Scientific memoirs by medical officers of the Army of India - Part VI,
Year: 1891
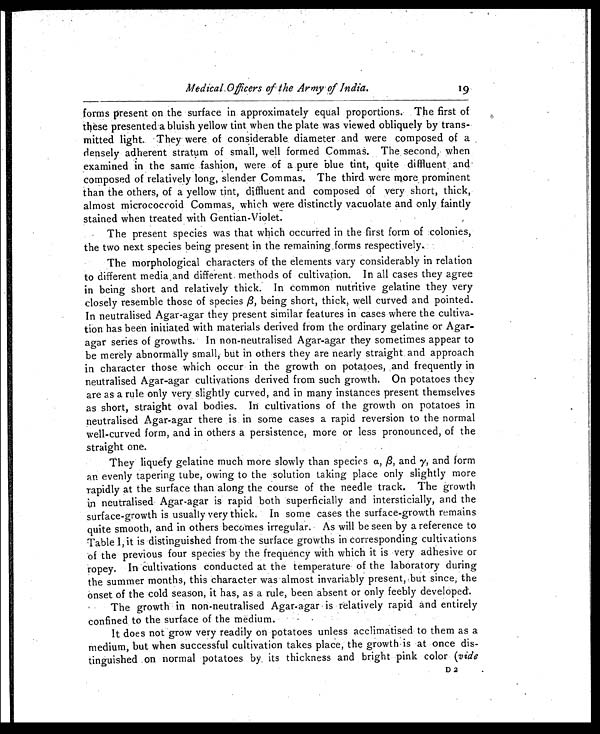
M e d i c a l . O f f i c e r s
o ft
h e A r m y
.
o fI
n d i a .
forms present on the surface in approximately equal proportions. The first of
these presented a bluish yellow tint when the plate was viewed obliquely by trans-
mitted light.. They were of considerable diameter and were composed of a
densely adherent stratum of small, well formed Commas. The , second, when
examined in the same fashion, were of a pure blue tint, quite diffluent and
composed of relatively long, slender Commas. The third were more . prominent
than the others, of a yellow tint, diffluent and composed of very short, thick,
almost micrococcoid Commas, which were distinctly vacuolate and only faintly
stained when treated with Gentian-Violet.
The present species was that which occurred in the first form of colonies,
the two next species being present in the remaining.forms respectively.
The morphological characters of the elements vary considerably in relation
to different media and different. methods of cultivation. In all cases they agree
in being short and relatively thick. In common nutritive gelatine they very
closely resemble those of species , being short, thick, well curved and pointed.
In neutralised Agar-agar they present similar features in cases where the cultiva-
tion has been initiated with materials derived from the ordinary gelatine or Agar-
agar series of growths. In non-neutralised Agar-agar they sometimes appear to
be merely abnormally small, but in others they are nearly straight and approach
in character those which occur in the growth on potatoes, and frequently in
neutralised Agar-agar cultivations derived from such growth. On potatoes they
are as a rule only very slightly curved, and in many instances present themselves
as short, straight oval bodies. In cultivations of the growth on potatoes in
neutralised Agar-agar there is in some cases a rapid reversion to the normal
well-curved form, and in others a persistence, more or less pronounced, of the
straight one.
They liquefy gelatine mucn more slowly than species a, ß, and y, and form
an evenly tapering tube, owing to the solution taking place only slightly more
rapidly at the surface than along the course of the needle track. The growth
in neutralised Agar-agar is rapid both superficially and intersticially, and the
surface-growth is usually very thick. In some cases the surface-growth remains
quite smooth, and in others becomes irregular. As will be seen by a reference to
Table I, it is distinguished from the surface growths in corresponding cultivations
of the previous four species by the frequency with which it is very adhesive or
ropey. In cultivations conducted at the temperature of the laboratory during
the summer months, this character was almost invariably present, but since, the
onset of the cold season, it has, as a rule, been absent or only feebly developed.
The growth in non-neutralised Agar-agar is relatively rapid and entirely
confined to the surface of the medium.
It does not grow very readily on potatoes unless acclimatised to them as a
medium, but when successful cultivation takes place, the growth is at once dis-
tinguished on normal potatoes by, its thickness and bright pink color (vide
D 2
19